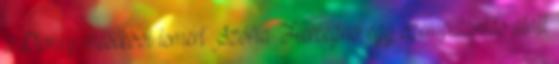
a Disney mesékbol ismert Szófia Hercegno egy szempillantás alatt